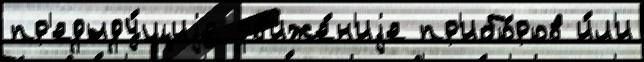
пр'едыду́щиjе дв'иже́н'иjе пр'ибо́ров и́л'и